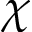
\chi